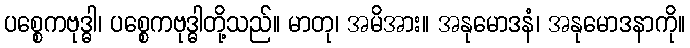
ပစ္စေကဗုဒ္ဓါ၊ ပစ္စေကဗုဒ္ဓါတို့သည်။ မာတု၊ အမိအား။ အနုမောဒနံ၊ အနုမောဒနာကို။